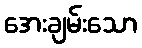
အေးချမ်းသော